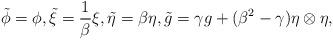
LaTeX: \begin{align*}\tilde{\phi}=\phi ,\tilde{\xi}=\frac{1}{\beta }\xi ,\tilde{\eta}=\beta \eta ,\tilde{g}=\gamma g+(\beta ^{2}-\gamma)\eta \otimes \eta , \end{align*}